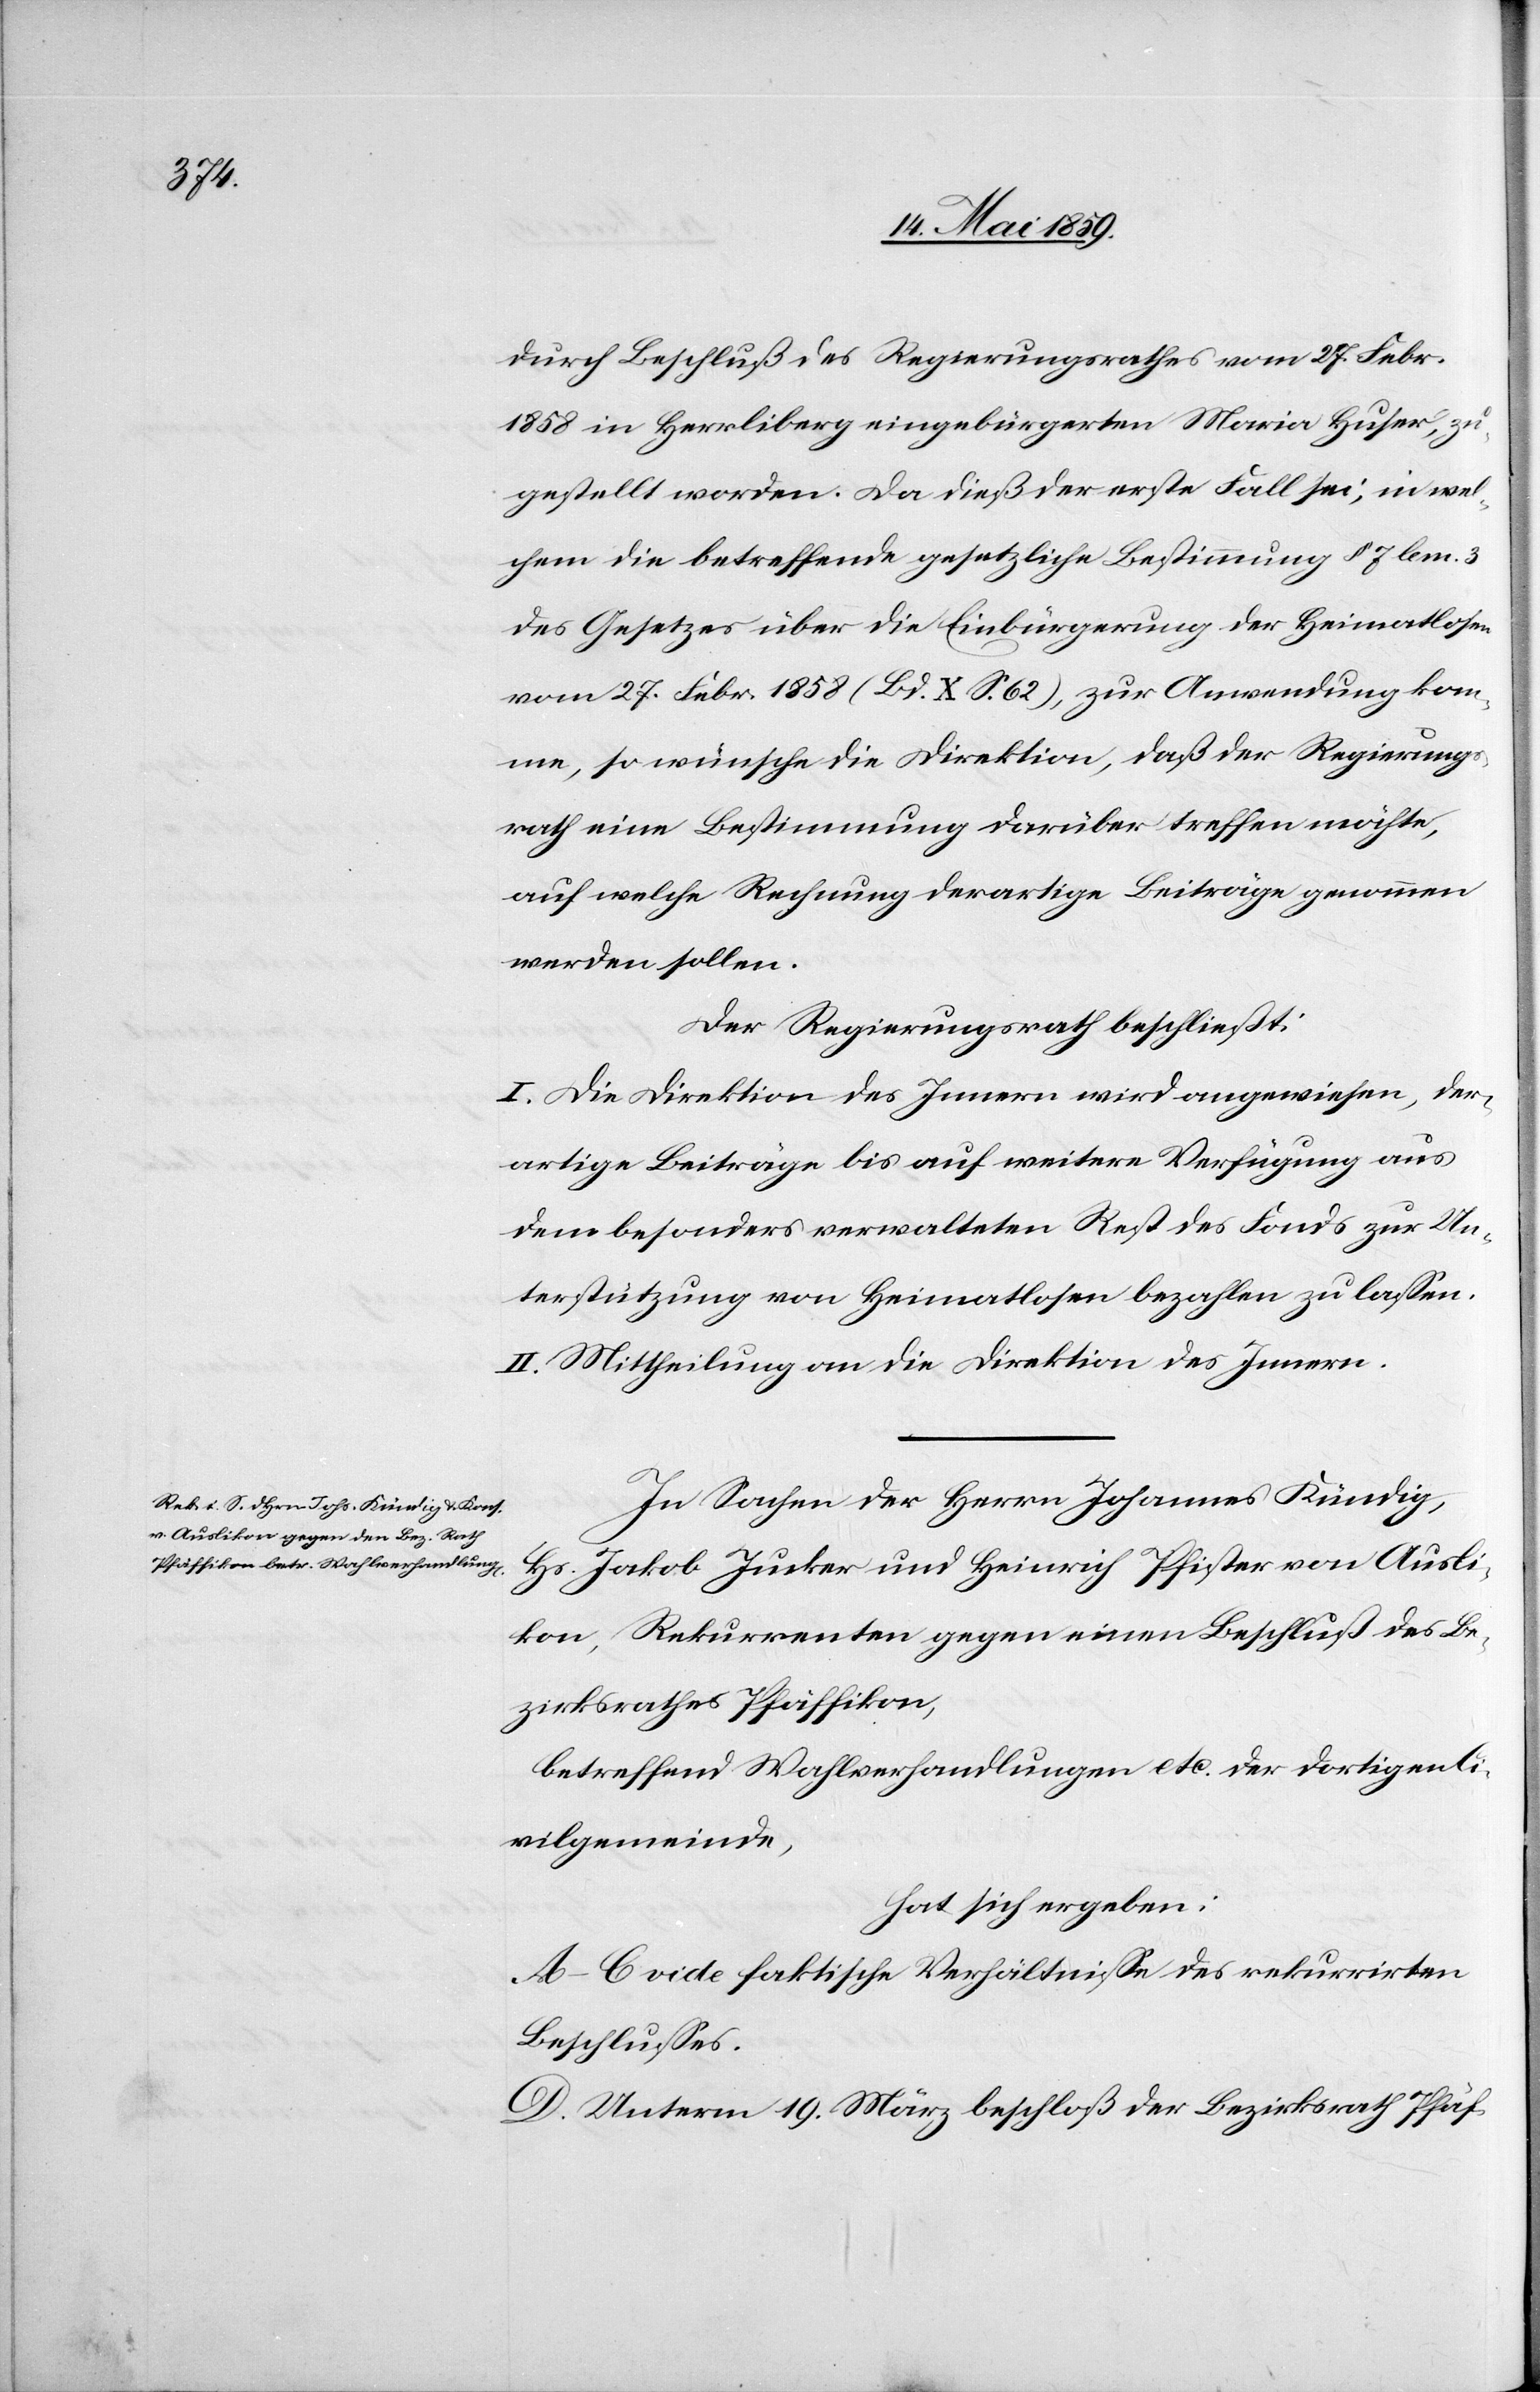
durch Beschluß des Regierungsrathes vom 27. Febr.
1858 in Herrliberg eingebürgerten Maria Huser, zu¬
gestellt worden. Da dieß der erste Fall sei, in wel¬
chem die betreffende gesetzliche Bestimmung § 7 lem. 3
des Gesetzes über die Einbürgerung der Heimatlosen
vom 27. Febr. 1858 (Bd. X S. 62), zur Anwendung kom¬
me, so wünsche die Direktion, daß der Regierungs¬
rath eine Bestimmung darüber treffen möchte,
auf welche Rechnung derartige Beiträge genommen
werden sollen.
Der Regierungsrath beschließt:
I. Die Direktion des Innern wird angewiesen, der¬
artige Beiträge bis auf weitere Verfügung aus
dem besonders verwalteten Rest des Fonds zur Un¬
terstützung von Heimatlosen bezahlen zu laßen.
II. Mittheilung an die Direktion des Innern.
In Sachen der Herrn Johannes Kündig,
Hs. Jakob Jucker und Heinrich Pfister von Ausli¬
kon, Rekurrenten gegen einen Beschluß des Be¬
zirksrathes Pfäffikon,
betreffend Wahlverhandlungen etc. der dortigen Ci¬
vilgemeinde,
hat sich ergeben:
A‒C vide faktische Verhältniße des rekurrirten
Beschlußes.
D. Unterm 19. März beschloß der Bezirksrath Pfäf-